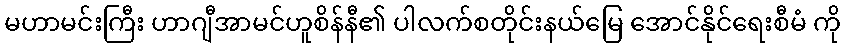
မဟာမင်းကြီး ဟာဂျီအာမင်ဟူစိန်နီ၏ ပါလက်စတိုင်းနယ်မြေ အောင်နိုင်ရေးစီမံ ကို